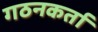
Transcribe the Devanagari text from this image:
गठनकर्ता